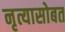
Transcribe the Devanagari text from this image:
नृत्यासोबत